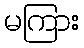
မကြား